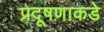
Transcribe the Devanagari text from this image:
प्रदूषणाकडे